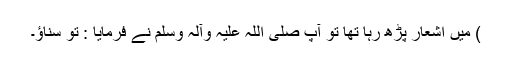
) میں اشعار پڑھ رہا تھا تو آپ صلی اللہ علیہ وآلہ وسلم نے فرمایا : تو سناؤ۔